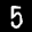
Label: 5